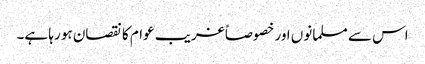
اس سے مسلمانوں اور خصوصاً غریب عوام کا نقصان ہو رہا ہے۔